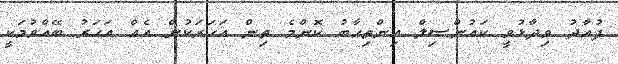
ފުއާދު ވިދާޅުވީ ކައުންސިލް އިންތިހާބު ކޮންމެ ތިން އަހަރަކުން އެއް އަހަރު ބޭއްވުމަކީ